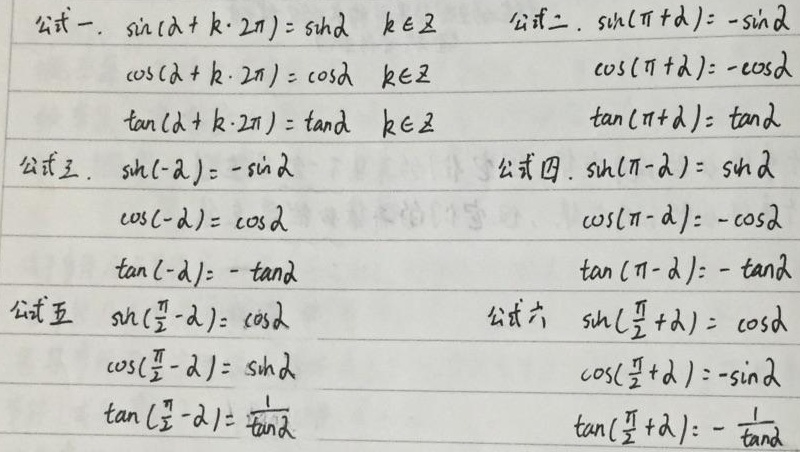
公式一：
\(\sin(\alpha + k\cdot 2\pi)=\sin\alpha\quad k\in\mathbb{Z}\)
\(\cos(\alpha + k\cdot 2\pi)=\cos\alpha\quad k\in\mathbb{Z}\)
\(\tan(\alpha + k\cdot 2\pi)=\tan\alpha\quad k\in\mathbb{Z}\)

公式二：
\(\sin(\pi+\alpha)=-\sin\alpha\)
\(\cos(\pi+\alpha)=-\cos\alpha\)
\(\tan(\pi+\alpha)=\tan\alpha\)

公式三：
\(\sin(-\alpha)=-\sin\alpha\)
\(\cos(-\alpha)=\cos\alpha\)
\(\tan(-\alpha)=-\tan\alpha\)

公式四：
\(\sin(\pi - \alpha)=\sin\alpha\)
\(\cos(\pi - \alpha)=-\cos\alpha\)
\(\tan(\pi - \alpha)=-\tan\alpha\)

公式五：
\(\sin(\frac{\pi}{2}-\alpha)=\cos\alpha\)
\(\cos(\frac{\pi}{2}-\alpha)=\sin\alpha\)
\(\tan(\frac{\pi}{2}-\alpha)=\frac{1}{\tan\alpha}\)

公式六：
\(\sin(\frac{\pi}{2}+\alpha)=\cos\alpha\)
\(\cos(\frac{\pi}{2}+\alpha)=-\sin\alpha\)
\(\tan(\frac{\pi}{2}+\alpha)=-\frac{1}{\tan\alpha}\)